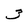
Character: 3